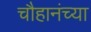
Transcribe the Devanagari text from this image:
चौहानंच्या